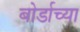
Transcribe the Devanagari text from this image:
बोर्डाच्‍या